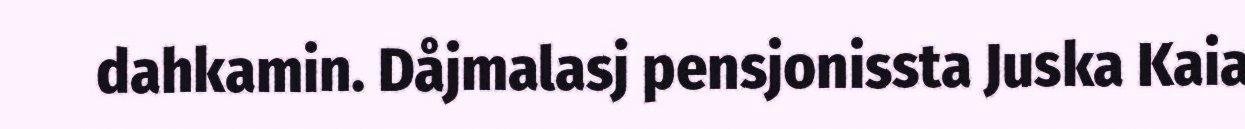
dahkamin. Dåjmalasj pensjonissta Juska Kaia